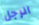
الرجل